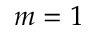
m = 1